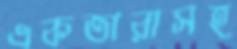
একতারাসহ